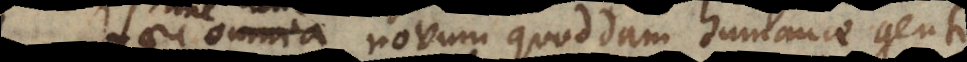
ane cuncta novum quoddam humanae gent